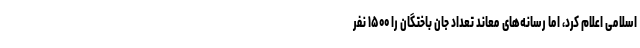
اسلامی اعلام کرد، اما رسانه‌های معاند تعداد جان باختگان را ۱۵۰۰ نفر